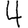
Digit: 4